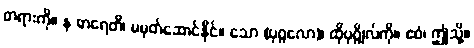
တရားကို။ န ဓာရေတိ၊ မမှတ်ဆောင်နိုင်။ သော (ပုဂ္ဂလော)၊ ထိုပုဂ္ဂိုလ်ကို။ ဧဝံ၊ ဤသို့။